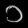
Digit: ၁